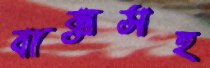
বাক্সসহ